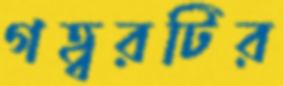
গহ্বরটির